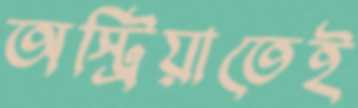
অস্ট্রিয়াতেই